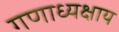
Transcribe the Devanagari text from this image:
गणाध्यक्षाय